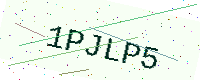
Text: 1PJLP5